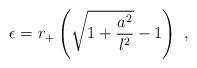
\begin{align*}\epsilon = r_+ \left( \sqrt{1+\frac{a^2}{l^2} } -1 \right)~,\end{align*}